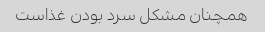
همچنان مشکل سرد بودن غذاست